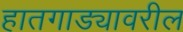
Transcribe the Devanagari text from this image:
हातगाड्यावरील